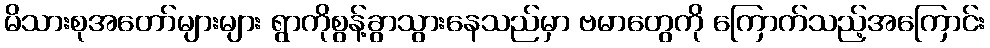
မိသားစုအတော်များများ ရွာကိုစွန့်ခွာသွားနေသည်မှာ ဗမာတွေကို ကြောက်သည့်အကြောင်း